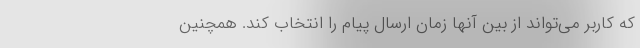
که کاربر می‌تواند از بین آنها زمان ارسال پیام را انتخاب کند. همچنین